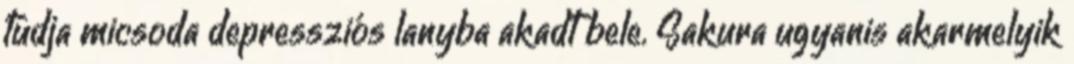
tudja micsoda depressziós lanyba akadt bele. Sakura ugyanis akarmelyik